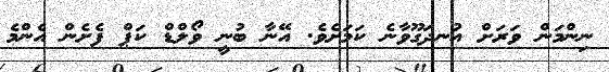
ނިންމަން ވަރަށް އުނދަގޫވާނެ ކަމަށެވެ. އޭނާ ބުނީ ވޯލްޑް ކަޕް ފެށެން އެންމެ